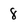
Character: 8